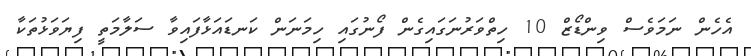
އެހެން ނަމަވެސް ވިންޑޯޒް 10 ހިތްވަރުނަގައިގެން ފޯނުގައި ހިމަނަން ކަނޑައަޅާފައިވާ ސަލާމަތީ ފިޔަވަޅުތަކާ